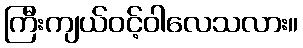
ကြီးကျယ်ဝင့်ဝါလေသလား။